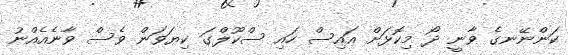
ކަންނޭނގެ ވާނީ ދޯ މިކޮޅަށް އައިސް ހައި ސްކޫލްގަ ކިޔަވަން ވެސް ވާނެއެއްނު